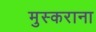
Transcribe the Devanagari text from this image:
मुस्कराना